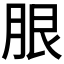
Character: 𦚣